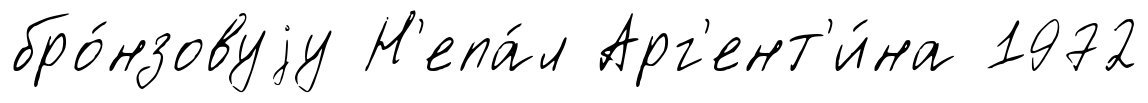
бро́нзовуjу Н'епа́л Арг'ент'и́на 1972